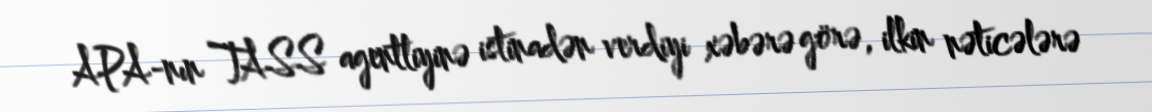
APA-nın TASS agentliyinə istinadən verdiyi xəbərə görə, ilkin nəticələrə